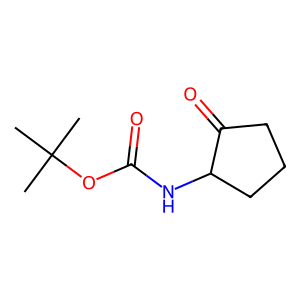
SMILES: CC(C)(C)OC(=O)NC1CCCC1=O
Inhibits HIV replication: No